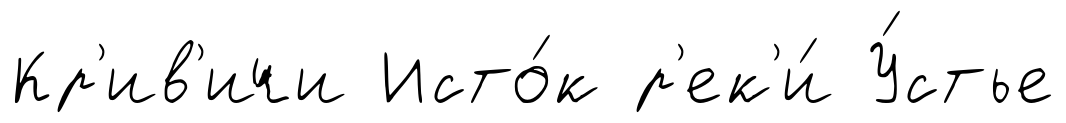
Кр'ив'ичи Исто́к р'ек'и́ У́стье